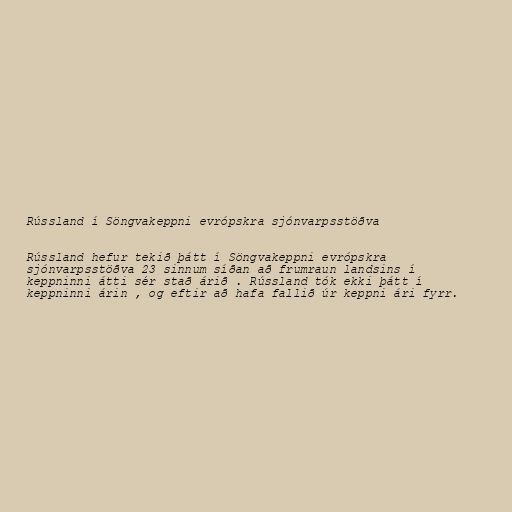
Rússland í Söngvakeppni evrópskra sjónvarpsstöðva

Rússland hefur tekið þátt í Söngvakeppni evrópskra
sjónvarpsstöðva 23 sinnum síðan að frumraun landsins í
keppninni átti sér stað árið . Rússland tók ekki þátt í
keppninni árin , og eftir að hafa fallið úr keppni ári fyrr.